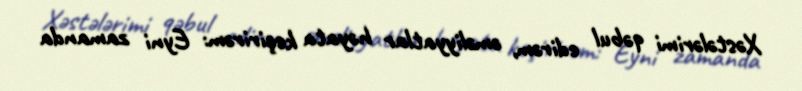
Xəstələrimi qəbul edirəm, əməliyyatlar həyata keçirirəm: Eyni zamanda